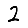
Digit: 2